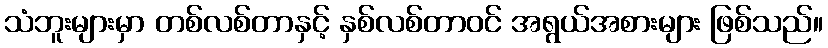
သံဘူးများမှာ တစ်လစ်တာနှင့် နှစ်လစ်တာဝင် အရွယ်အစားများ ဖြစ်သည်။